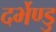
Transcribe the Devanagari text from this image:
दर्भेण्डु